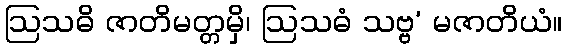
ဩသဓိ ဇာတိမတ္တမှိ၊ ဩသဓံ သဗ္ဗ’ မဇာတိယံ။